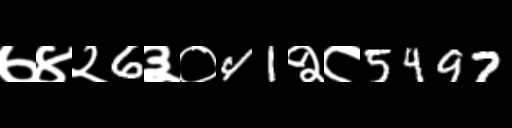
Text: ७४२6३०41२८5497